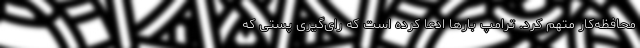
محافظه‌کار متهم کرد. ترامپ بارها ادعا کرده است که رای‌گیری پستی که